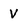
Character: V